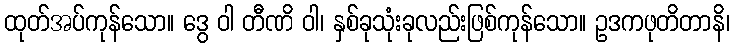
ထုတ်အပ်ကုန်သော။ ဒွေ ဝါ တီဏိ ဝါ၊ နှစ်ခုသုံးခုလည်းဖြစ်ကုန်သော။ ဥဒကဖုတိတာနိ၊